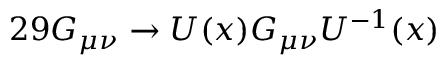
2 9 G _ { \mu \nu } \rightarrow U ( x ) G _ { \mu \nu } U ^ { - 1 } ( x )